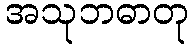
အသုဘဓာတု